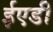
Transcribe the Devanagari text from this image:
ईएडी